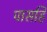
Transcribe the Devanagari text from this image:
पासहि